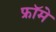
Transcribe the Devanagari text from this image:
फ्रॉमे